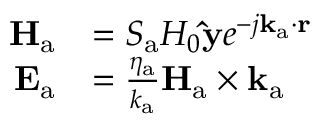
\begin{array} { r l } { \mathbf { H } _ { \mathrm { a } } } & { = S _ { \mathrm { a } } H _ { 0 } \mathbf { \hat { y } } e ^ { - j \mathbf { k } _ { \mathrm { a } } \cdot \mathbf { r } } } \\ { \mathbf { E } _ { \mathrm { a } } } & { = \frac { \eta _ { \mathrm { a } } } { k _ { \mathrm { a } } } \mathbf { H } _ { \mathrm { a } } \times \mathbf { k } _ { \mathrm { a } } } \end{array}